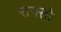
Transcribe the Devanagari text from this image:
राफ्तो